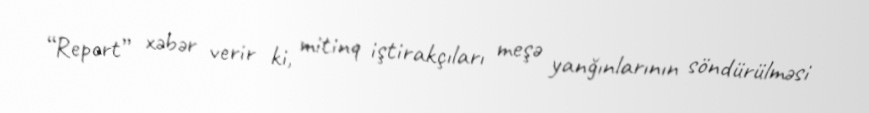
“Report” xəbər verir ki, mitinq iştirakçıları meşə yanğınlarının söndürülməsi